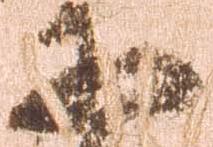
于